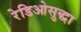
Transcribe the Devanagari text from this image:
रेडिओसुद्धा